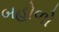
બહોળો